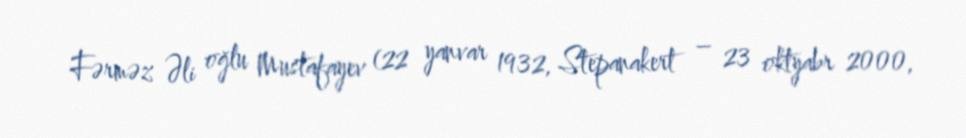
Fərməz Əli oğlu Mustafayev (22 yanvar 1932, Stepanakert – 23 oktyabr 2000,